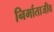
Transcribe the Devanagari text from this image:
निर्माताजीव